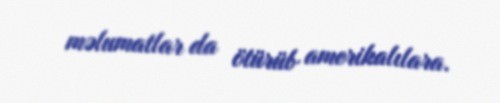
məlumatlar da ötürüb amerikalılara.